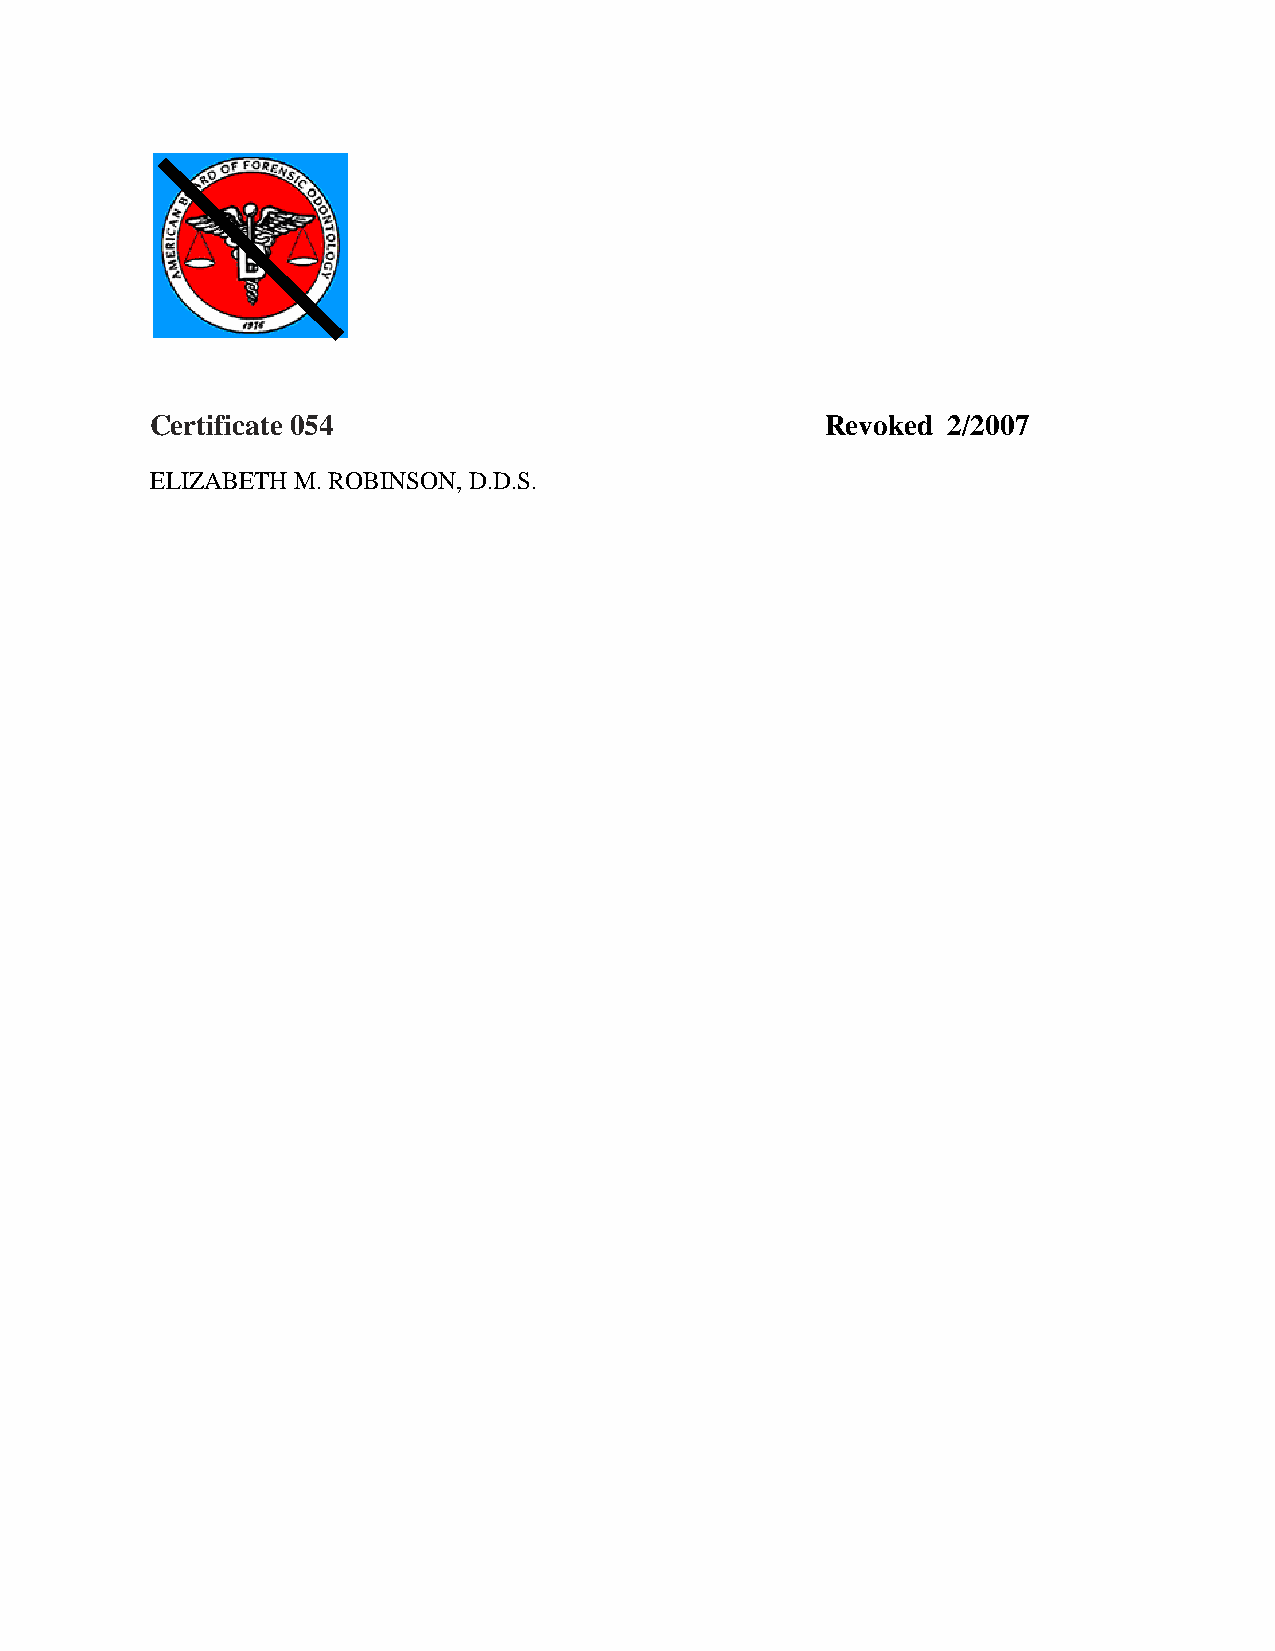
Certificate 054                              Revoked 2/2007
 ELIZABETH M. ROBINSON, D.D.S.